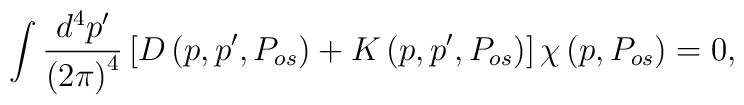
\int \frac{d^{4}p^{\prime }}{\left( 2\pi \right) ^{4}}\left[ {D}\left(p,p^{\prime },P_{os}\right) +{K}\left( p,p^{\prime },P_{os}\right)\right] {\chi }\left( p,P_{os}\right) =0,